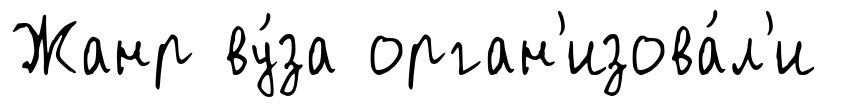
Жанр ву́за орган'изова́л'и